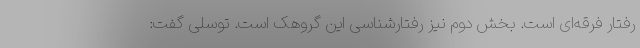
رفتار فرقه‌ای است. بخش دوم نیز رفتار‌شناسی این گروهک است. توسلی گفت: